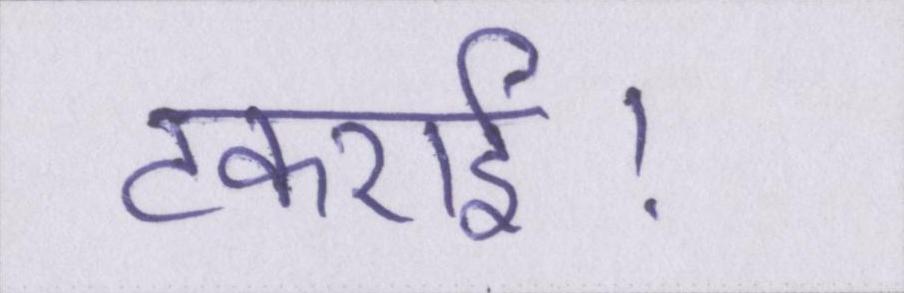
टकराई।